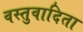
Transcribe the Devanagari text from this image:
वस्तुवादिता